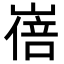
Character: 𡻓